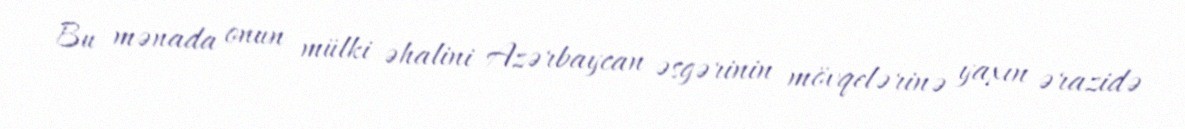
Bu mənada onun mülki əhalini Azərbaycan əsgərinin mövqelərinə yaxın ərazidə